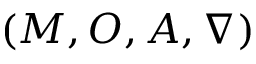
( M , O , A , \nabla )